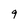
Character: 9